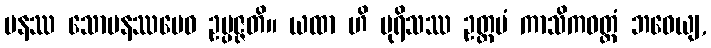
ပနဿ သောမနဿမေဝ ဥပ္ပဇ္ဇတိ။ ယထာ ဟိ ပုရိသဿ ဥတ္တမံ ကာသိကဝတ္ထံ ဘဝေယျ,